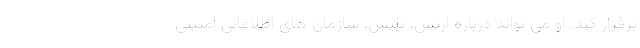
برقرار کند. او می تواند درباره ارتش، پلیس، سازمان های اطلاعاتی امنیتی